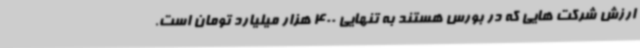
ارزش شرکت هایی که در بورس هستند به تنهایی 400 هزار میلیارد تومان است.